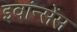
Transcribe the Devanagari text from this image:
इवांन्सेंस